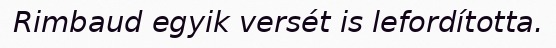
Rimbaud egyik versét is lefordította.